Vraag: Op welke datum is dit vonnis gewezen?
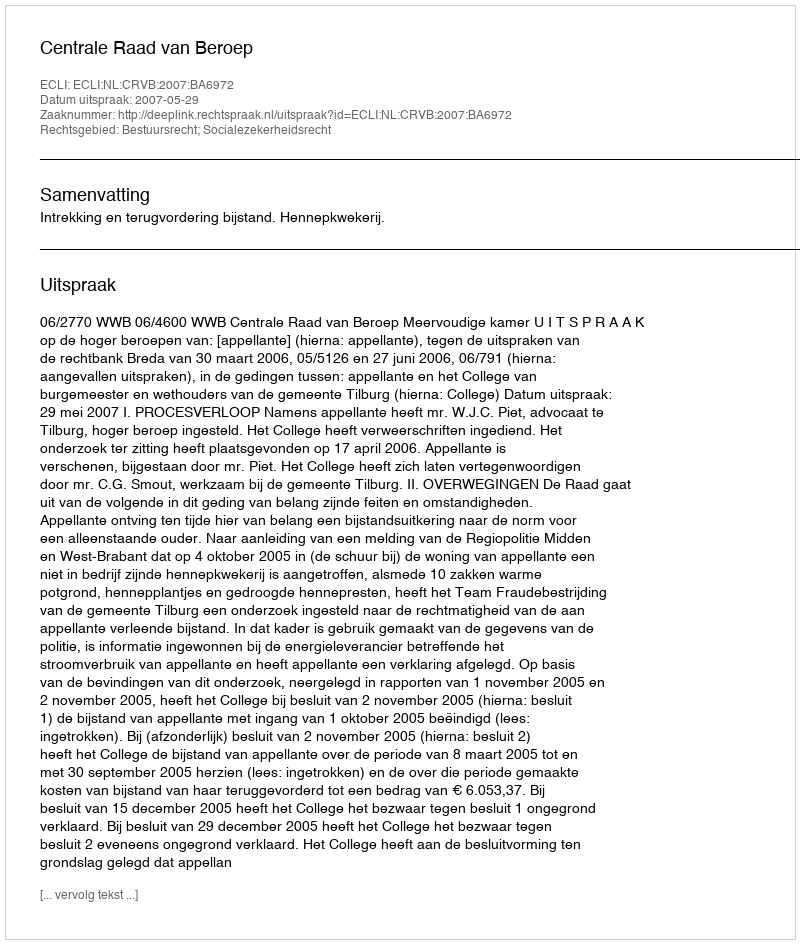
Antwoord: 2007-05-29